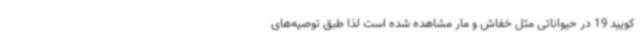
کویید 19 در حیواناتی مثل خفاش و مار مشاهده شده است لذا طبق توصیه‌های